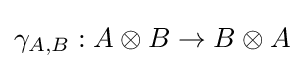
\gamma _{A,B}:A\otimes B\rightarrow B\otimes A